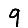
Digit: 9